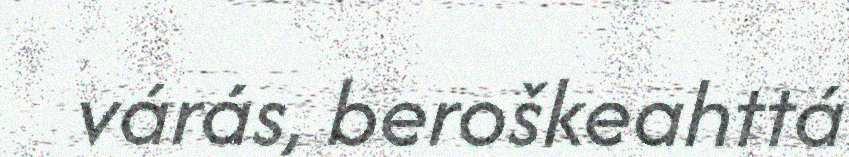
várás, beroškeahttá